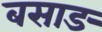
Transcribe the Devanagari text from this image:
बसाङ